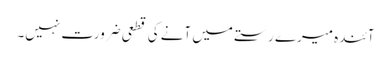
آئندہ میرے رستے میں آنے کی قطعی ضرورت نہیں۔